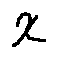
x